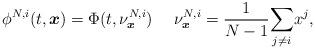
LaTeX: \begin{align*}\phi^{N,i}(t,\boldsymbol{x})=\Phi(t,\nu^{N,i}_{\boldsymbol{x}})~~~~\nu^{N,i}_{\boldsymbol{x}}=\frac{1}{N-1}\underset{j\neq i}{\sum} x^j,\end{align*}